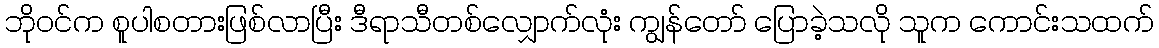
ဘိုဝင်က စူပါစတားဖြစ်လာပြီး ဒီရာသီတစ်လျှောက်လုံး ကျွန်တော် ပြောခဲ့သလို သူက ကောင်းသထက်